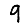
Digit: 9